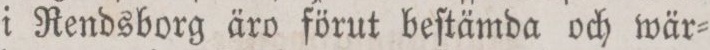
i Rendsborg äro förut beſtämda och wär=